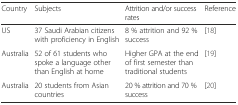
| Country | Subjects | Attrition and/or success rates | Reference |
 | --- | --- | --- | --- |
 | US | 37 Saudi Arabian citizens with proficiency in English | 8 % attrition and 92 % success | [18] |
 | Australia | 52 of 61 students who spoke a language other than English at home | Higher GPA at the end of first semester than traditional students | [19] |
 | Australia | 20 students from Asian countries | 20 % attrition and 70 % success | [20] |